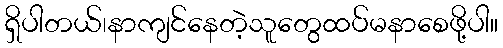
ရှိပါတယ်၊နာကျင်နေတဲ့သူတွေထပ်မနာစေဖို့ပါ။